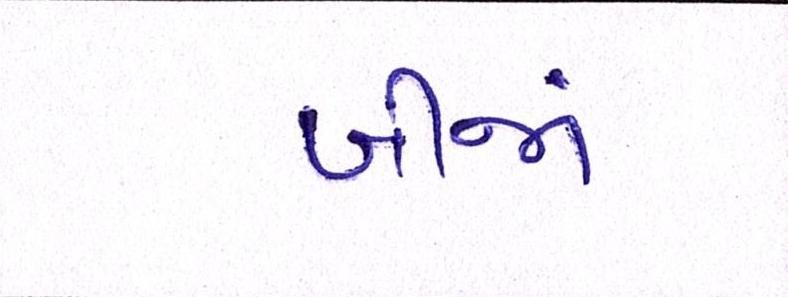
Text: બીજાં